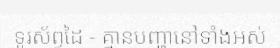
ទូរស័ព្ទដៃ - គ្មានបញ្ហានៅទាំងអស់